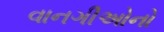
વાનગીઅોનો